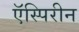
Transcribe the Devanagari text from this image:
ऍस्पिरीन